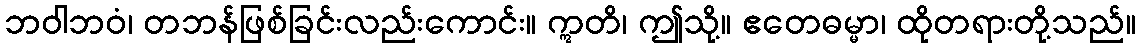
ဘဝါဘဝံ၊ တဘန်ဖြစ်ခြင်းလည်းကောင်း။ ဣတိ၊ ဤသို့။ ဧတေဓမ္မာ၊ ထိုတရားတို့သည်။